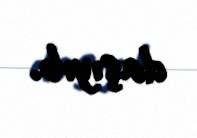
daşıyıb.